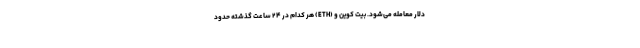
دلار معامله می‌شود. بیت کوین و (ETH) هر کدام در ۲۴ ساعت گذشته حدود